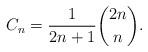
LaTeX: \begin{align*}C_{n}=\frac{1}{2n+1}\binom{2n}{n}.\end{align*}